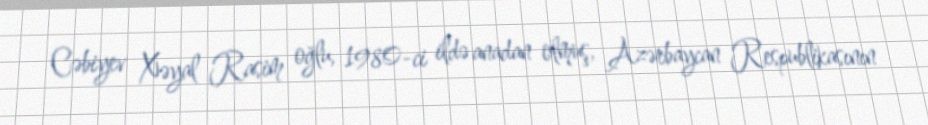
Cəbiyev Xəyal Rasim oğlu, 1980-ci ildə anadan olmuş, Azərbaycan Respublikasının